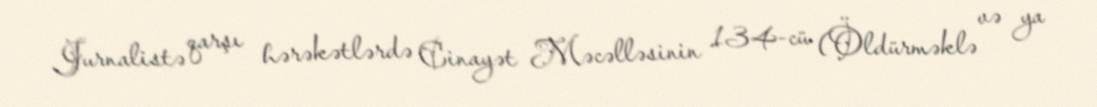
Jurnalistə qarşı hərəkətlərdə Cinayət Məcəlləsinin 134-cü (Öldürməklə və ya